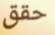
حقق